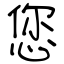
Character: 您